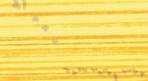
مطعم السعادة يقدم لكم أشه